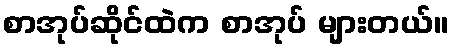
စာအုပ်ဆိုင်ထဲက စာအုပ် များတယ်။